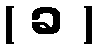
( ခ )